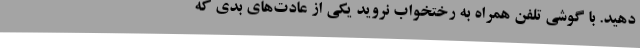
دهید. با گوشی تلفن همراه به رختخواب نروید یکی از عادت‌های بدی که